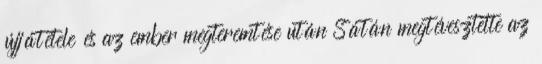
újjátétele és az ember megteremtése után Sátán megtévesztette az